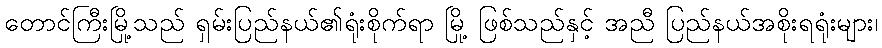
တောင်ကြီးမြို့သည် ရှမ်းပြည်နယ်၏ရုံးစိုက်ရာ မြို့ ဖြစ်သည်နှင့် အညီ ပြည်နယ်အစိုးရရုံးများ၊